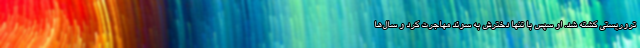
تروریستی کشته شد. او سپس با تنها دخترش به سوئد مهاجرت کرد و سال‌ها